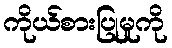
ကိုယ်စားပြုမှုကို